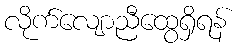
လိုက်လျောညီထွေရှိရန်